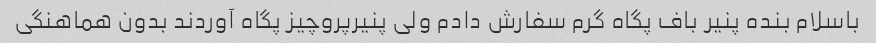
باسلام بنده پنیر باف پگاه گرم سفارش دادم ولی پنیرپروچیز پگاه آوردند بدون هماهنگی